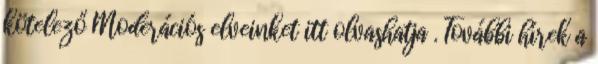
kötelező Moderációs elveinket itt olvashatja . További hírek a